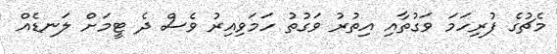
މެޗުގެ ފުރިހަމަ ވަގުތާއި އިތުުރު ވަގުތު ހަމަވިއިރު ވެސް ދެ ޓީމަށް ލަނޑެއް